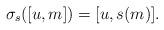
LaTeX: \begin{align*}\sigma_s([u,m]) = [u, s(m)].\end{align*}